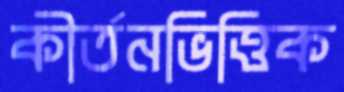
কীর্তনভিত্তিক